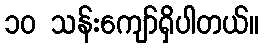
၁၀ သန်းကျော်ရှိပါတယ်။